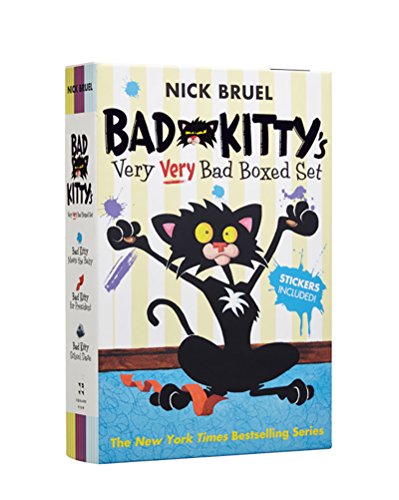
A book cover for Bad Kitty's Very Very Bad Boxed Set (#2); Nick Bruel; Children's Books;